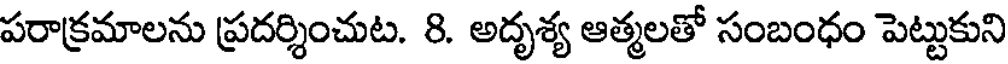
పరాక్రమాలను ప్రదర్శించుట. 8. అదృశ్య ఆత్మలతో సంబంధం పెట్టుకుని